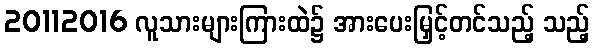
20112016 လူသားများကြားထဲ၌ အားပေးမြှင့်တင်သည့် သည့်